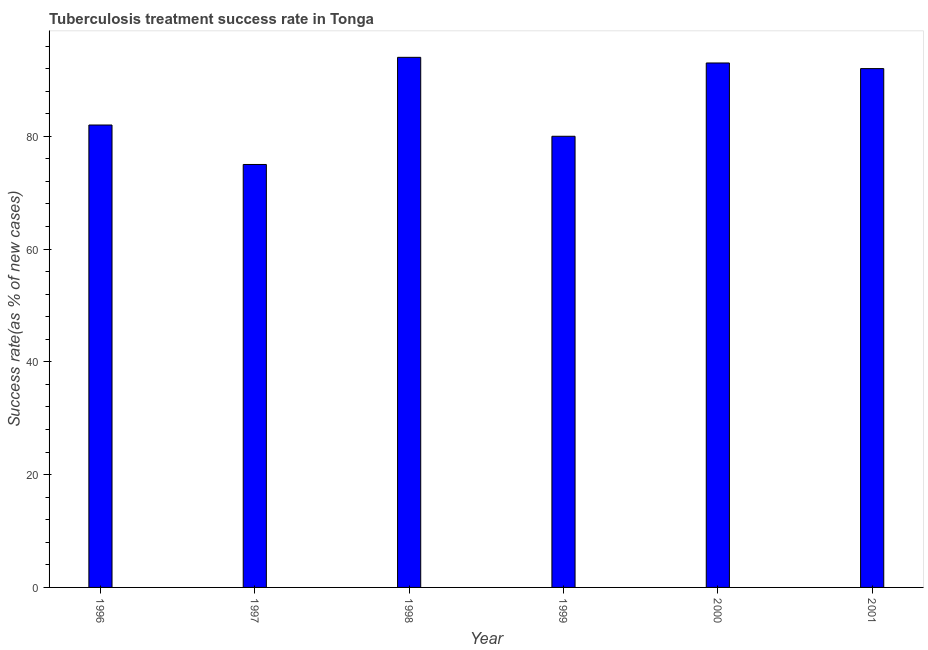
| Year | Tuberculosis treatment success rate |
 | --- | --- |
 | 1996 | 82 |
 | 1997 | 75 |
 | 1998 | 94 |
 | 1999 | 80 |
 | 2000 | 93 |
 | 2001 | 92 |